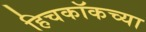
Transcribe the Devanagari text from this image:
हिचकॉकच्या